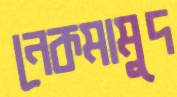
নেকমামুদ